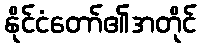
နိုင်ငံတော်၏အတိုင်